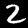
Digit: 2